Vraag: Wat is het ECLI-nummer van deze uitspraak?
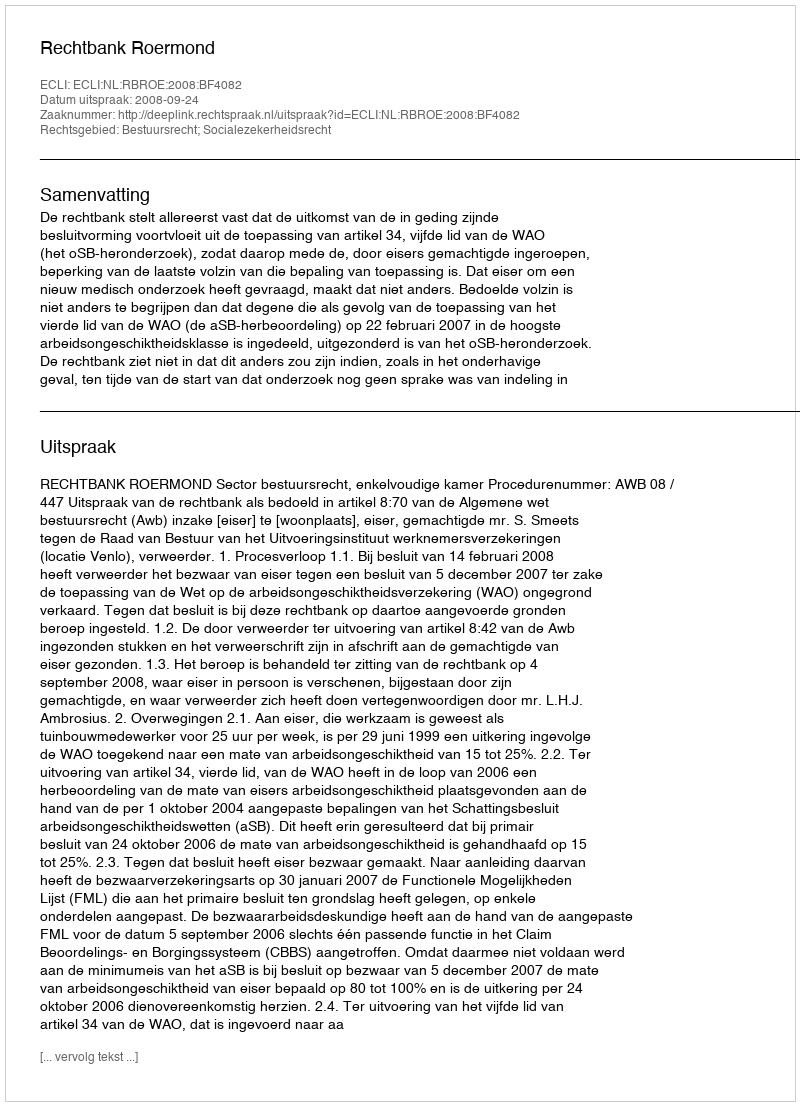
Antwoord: ECLI:NL:RBROE:2008:BF4082